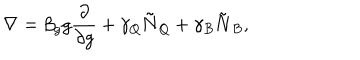
\nabla = \beta _ { g } g \frac { \partial } { \partial g } + \gamma _ { Q } \mathbf { \tilde { N } } _ { Q } + \gamma _ { B } \mathbf { \tilde { N } } _ { B } ,